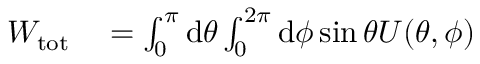
\begin{array} { r l } { W _ { \mathrm { t o t } } } & { { } = \int _ { 0 } ^ { \pi } \mathrm { d } \theta \int _ { 0 } ^ { 2 \pi } \mathrm { d } \phi \sin \theta U ( \theta , \phi ) } \end{array}